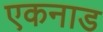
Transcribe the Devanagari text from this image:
एकनाड